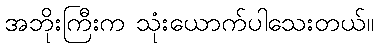
အဘိုးကြီးက သုံးယောက်ပါသေးတယ်။